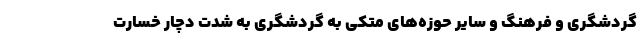
گردشگری و فرهنگ و سایر حوزه‌های متکی به گردشگری به شدت دچار خسارت